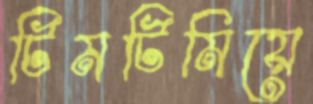
টিমটিমিয়ে